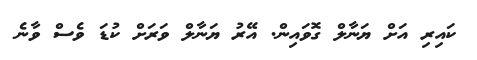
ކައިރި އަށް ޔަނާލް ގޮވައިން. އޭރު ޔަނާލް ވަރަށް ކުޑަ ވެސް ވާނެ